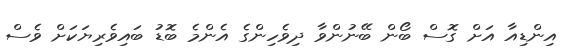
އިންޑިއާ އަށް ގޮސް ބޯން ބޭނުންވާ ދިވެހިންގެ އެންމެ ބޮޑު ބައިވެރިޔަކަށް ވެސް